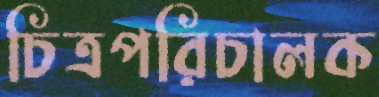
চিত্রপরিচালক